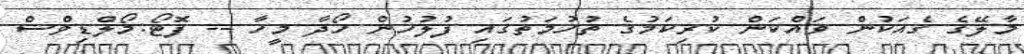
މާލޭގެ ގެއަކުން ވައްކަން ކުރިކަމުގެ ތުހުމަތުގައި ފުލުހުން ހޯދާ މީހާ -- ފޮޓޯ:މޯލްޑިވްސް